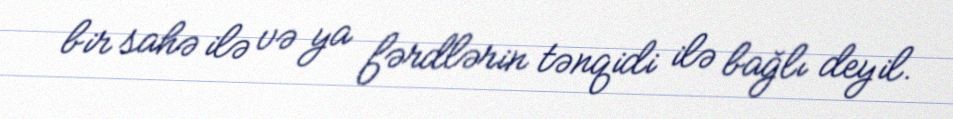
bir sahə ilə və ya fərdlərin tənqidi ilə bağlı deyil.